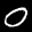
Label: 0